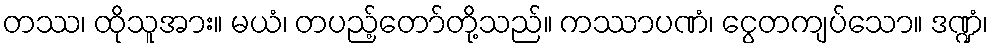
တဿ၊ ထိုသူအား။ မယံ၊ တပည့်တော်တို့သည်။ ကဿာပဏံ၊ ငွေတကျပ်သော။ ဒဏ္ဍံ၊